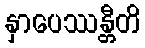
နှာပေဿန္တီတိ